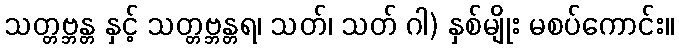
သတ္တဗ္ဘန္တ နှင့် သတ္တဗ္ဘန္တရ၊ သတ်၊ သတ် ဂါ) နှစ်မျိုး မစပ်ကောင်း။